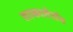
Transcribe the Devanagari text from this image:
ताकातेराॅव